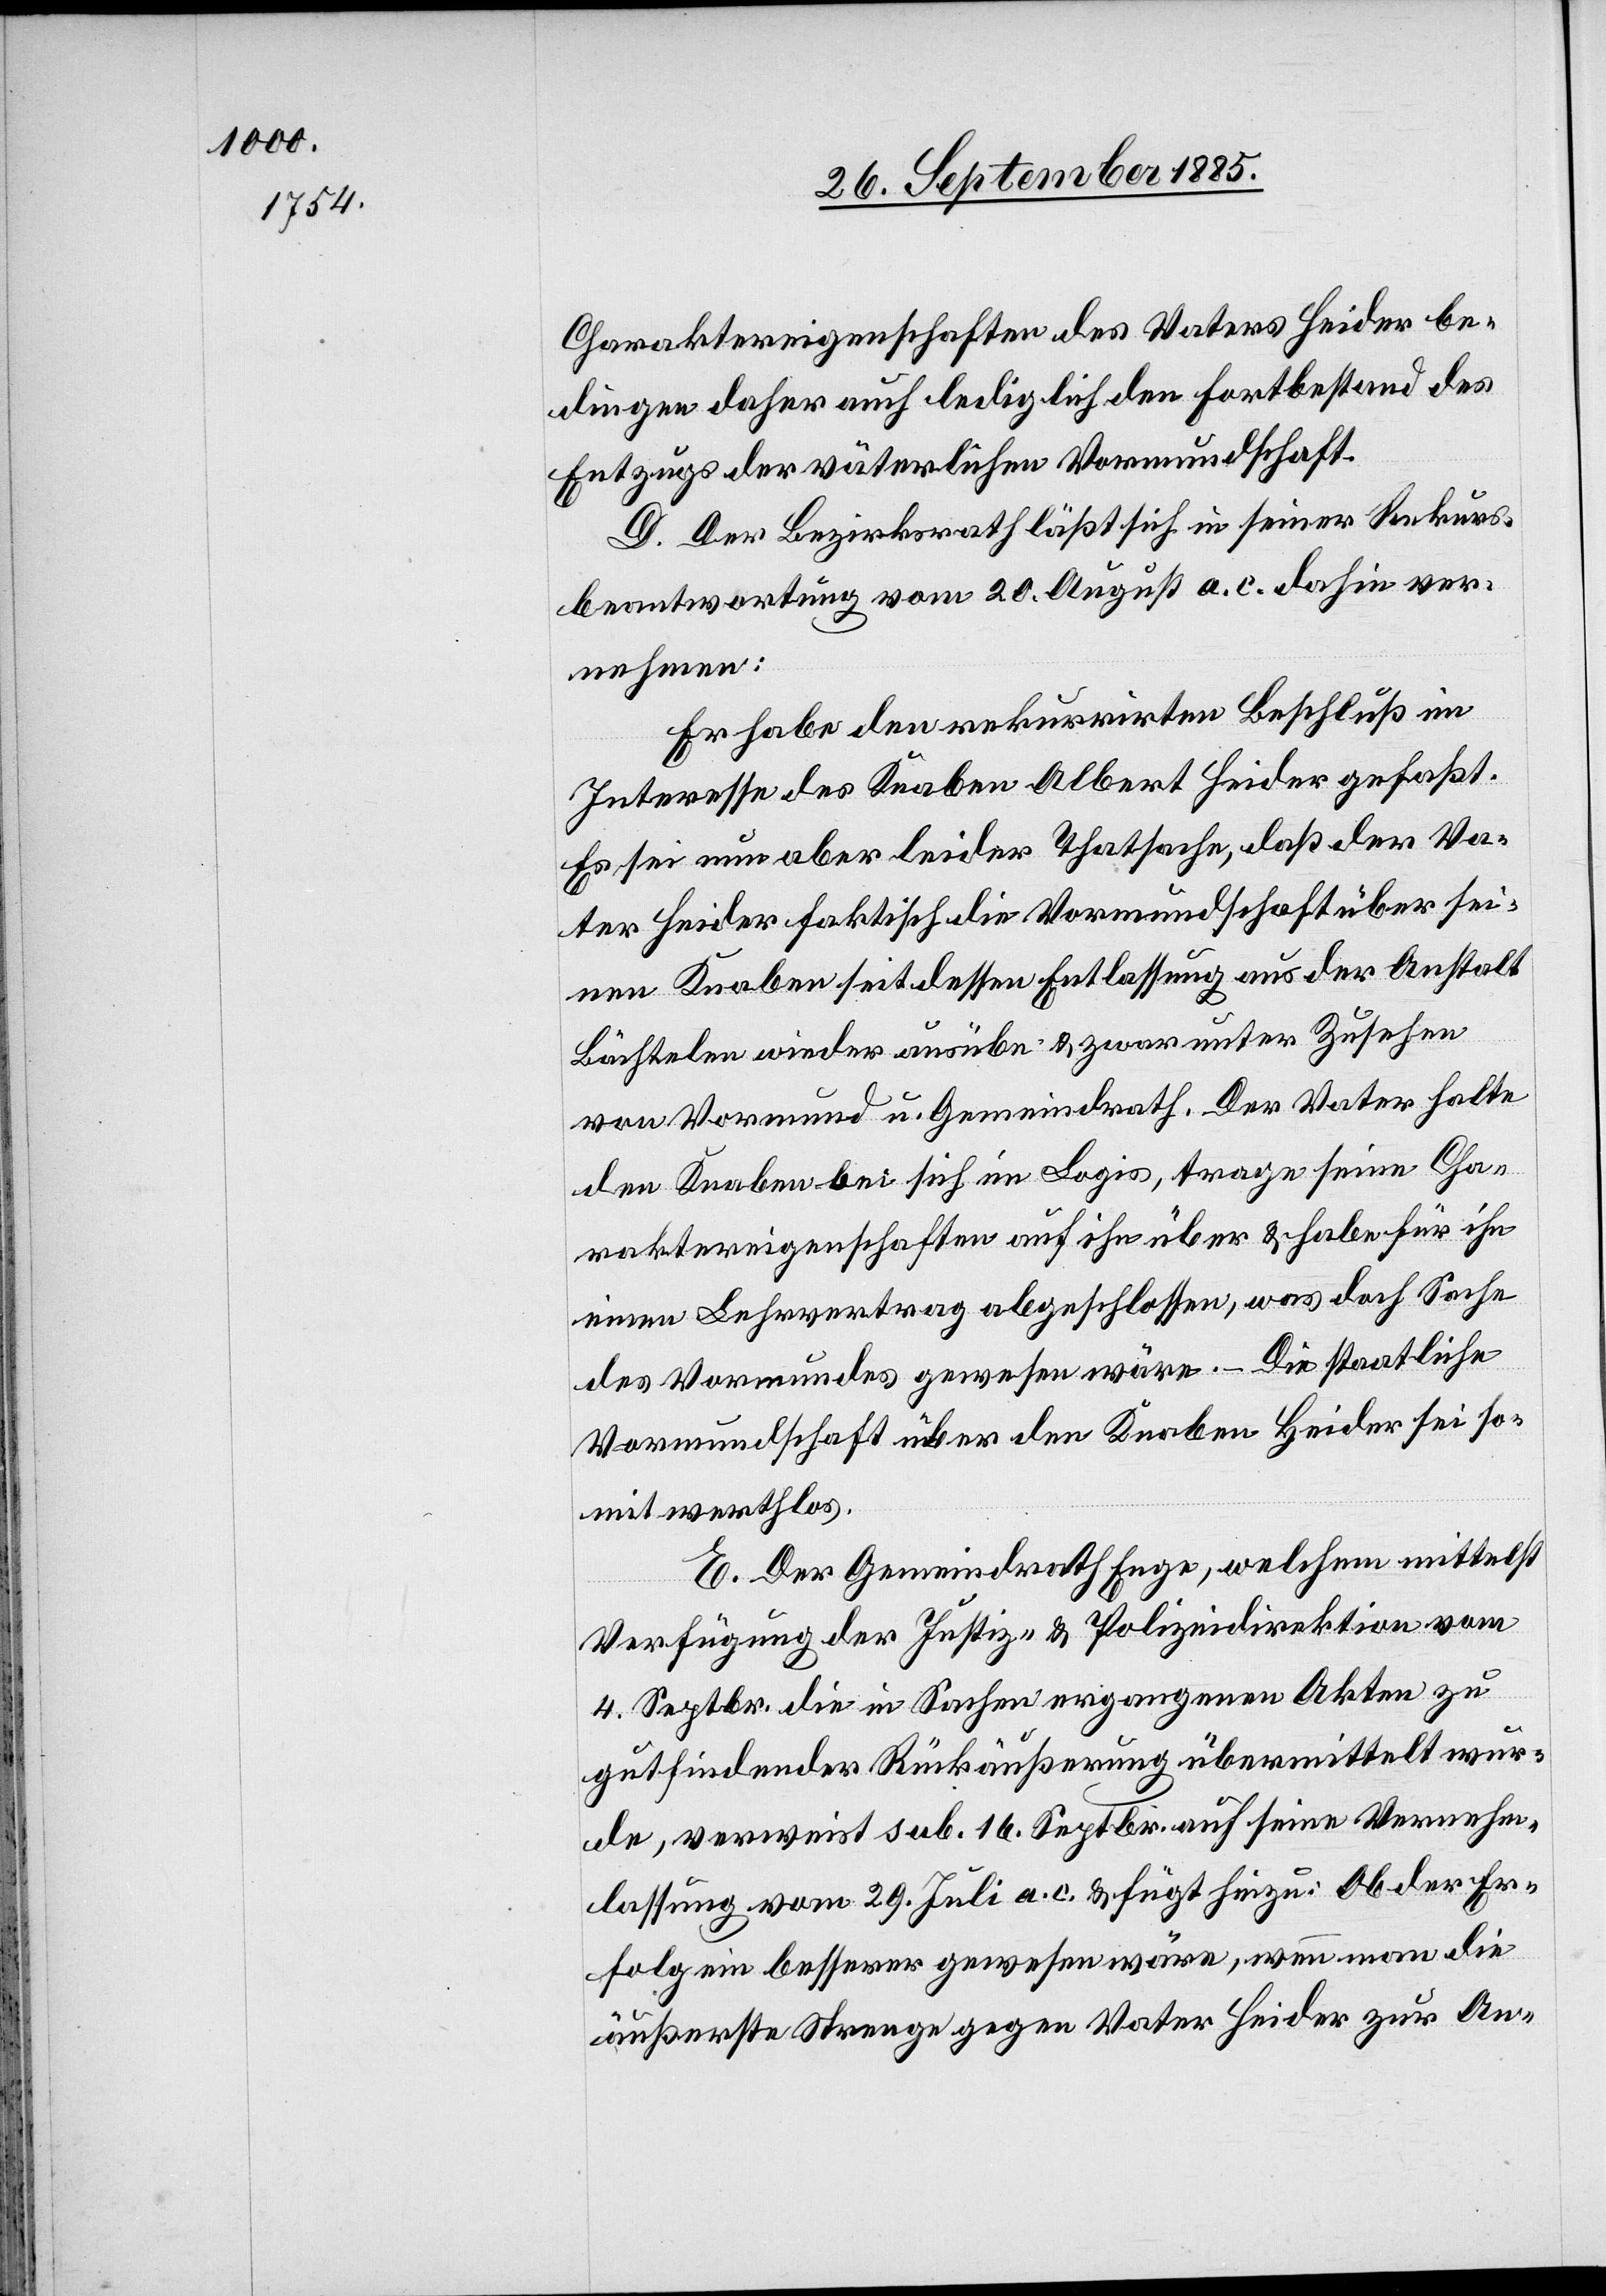
Charaktereigenschaften des Vaters Heider be¬
dingen daher auch lediglich den Fortbestand des
Entzugs der väterlichen Vormundschaft.
D. Der Bezirksrath läßt sich in seiner Rekurs¬
beantwortung vom 20. August a. c. dahin ver¬
nehmen:
Er habe den rekurrirten Beschluß im
Interesse des Knaben Albert Heider gefaßt.
Es sei nun aber leider Thatsache, daß der Va¬
ter Heider faktisch die Vormundschaft über sei¬
nen Knaben seit dessen Entlassung aus der Anstalt
Bächtelen wieder ausübe & zwar unter Zusehen
von Vormund u. Gemeindrath. Der Vater hatte
den Knaben bei sich im Logis, trage seine Cha¬
raktereigenschaften auf ihn über & habe für ihn
einen Lehrvertrag abgeschlossen, was doch Sache
des Vormundes gewesen wäre. – Die staatliche
Vormundschaft über den Knaben Heider sei so¬
mit werthlos.
E. Der Gemeindrath Enge, welchem mittelst
Verfügung der Justiz- & Polizeidirektion vom
4. Septbr. die in Sachen ergangenen Akten zu
gutfindender Rückäußerung übermittelt wur¬
de, verweist sub. 16 Septbr. auf seine Vernehm¬
lassung vom 29. Juli a. c. & fügt hinzu: Ob der Er¬
folg ein besserer gewesen wäre, wenn man die
äußerste Strenge gegen Vater Heider zur An-